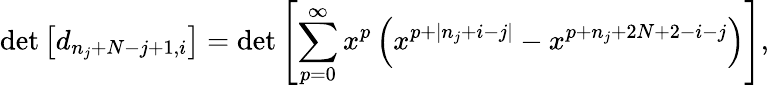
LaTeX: \operatorname*{det}\left[d_{n_{j}+N-j+1,i}\right]=\operatorname*{det}\left[\sum_{p=0}^{\infty}x^{p}\left(x^{p+|n_{j}+i-j|}-x^{p+n_{j}+2N+2-i-j}\right)\right],